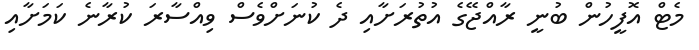
މެޓް އޮފީހުން ބުނީ ރާއްޖޭގެ އުތުރަށާއި ދެ ކުނަށްވެސް ވިއްސާރަ ކުރާނެ ކަމަށާއި